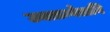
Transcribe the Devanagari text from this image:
उक्तान्येतानि